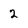
Character: 2